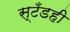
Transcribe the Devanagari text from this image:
स्टँडही